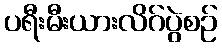
ပရီးမီးယားလိဂ်ပွဲစဉ်